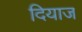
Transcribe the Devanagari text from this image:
दियाज